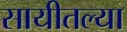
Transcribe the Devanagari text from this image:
सायीतल्या